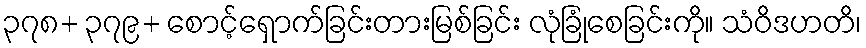
၃၇၈+ ၃၇၉+ စောင့်ရှောက်ခြင်းတားမြစ်ခြင်း လုံခြုံစေခြင်းကို။ သံဝိဒဟတိ၊